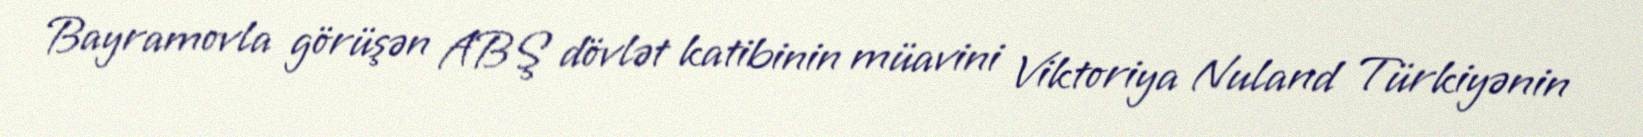
Bayramovla görüşən ABŞ dövlət katibinin müavini Viktoriya Nuland Türkiyənin